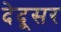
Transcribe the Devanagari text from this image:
देदूसर